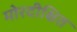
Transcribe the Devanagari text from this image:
मोरदीक्षित